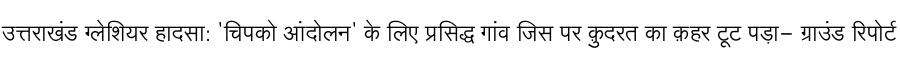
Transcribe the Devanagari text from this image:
उत्तराखंड ग्लेशियर हादसा: 'चिपको आंदोलन' के लिए प्रसिद्ध गांव जिस पर क़ुदरत का क़हर टूट पड़ा- ग्राउंड रिपोर्ट